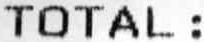
TOTAL: